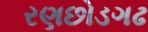
રણછોડગઢ